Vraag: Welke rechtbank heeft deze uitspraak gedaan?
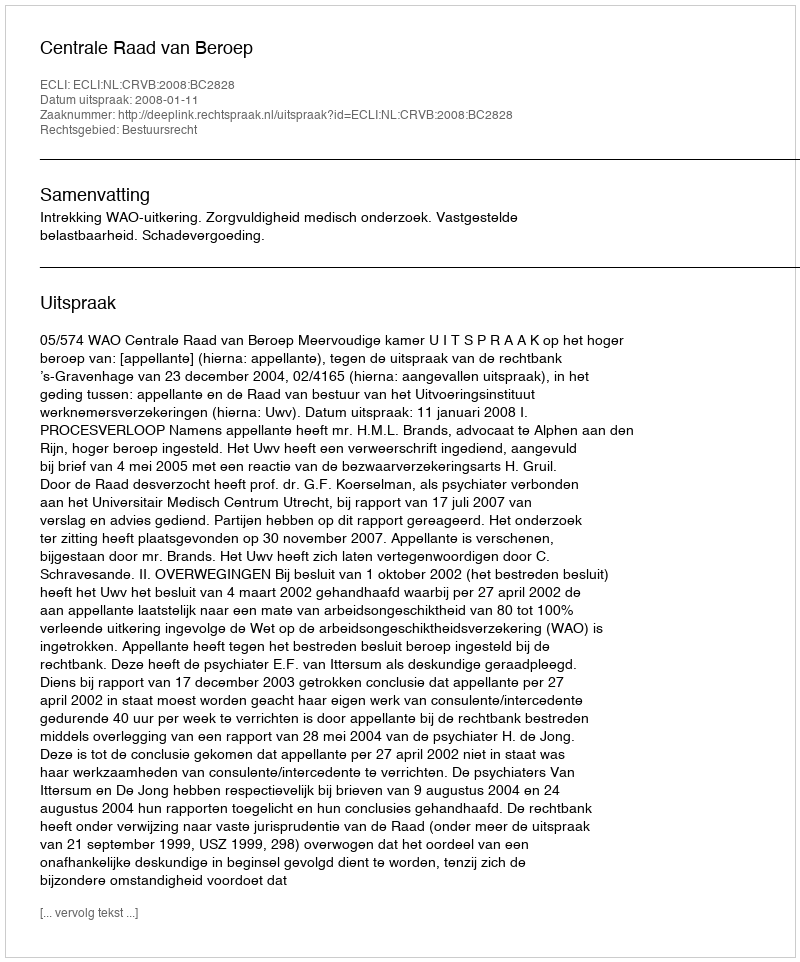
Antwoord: Centrale Raad van Beroep